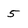
Character: 5